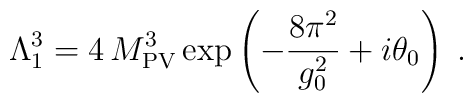
\Lambda_1^3=4\, M_{\rm PV}^3\exp\left(-\frac{8\pi^2}{g_0^2}+i\theta_0\right)\;.